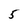
Character: 5